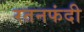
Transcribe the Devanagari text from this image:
रतनफंदी